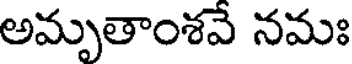
అమృతాంశవే నమః